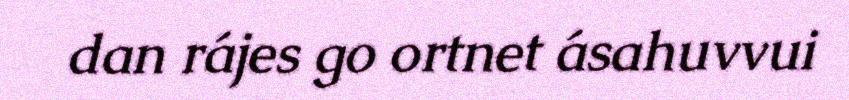
dan rájes go ortnet ásahuvvui